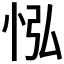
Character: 𢘌